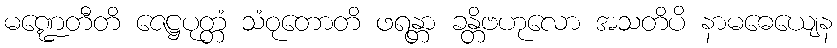
မဏ္ဍေတီတိ ဇေဋ္ဌပုတ္တံ သံဝုတောတိ ဖရန္တာ ခန္တိဗဟုလော အသတိပိ နာမဓေယျေန